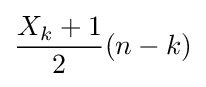
{\frac {X_{k}+1}{2}}(n-k)